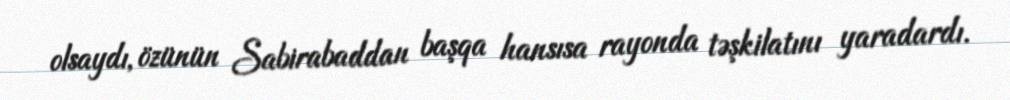
olsaydı, özünün Sabirabaddan başqa hansısa rayonda təşkilatını yaradardı.